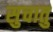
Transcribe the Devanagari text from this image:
सुचातु